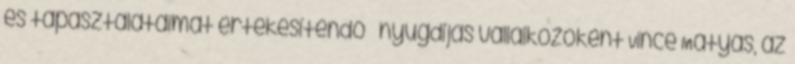
és tapasztalataimat értékesítendő – nyugdíjas vállalkozóként Vince Mátyás, az